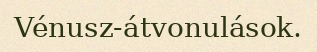
Vénusz-átvonulások.